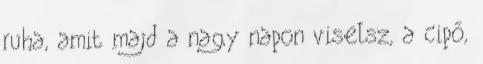
ruha, amit majd a nagy napon viselsz, a cipő,